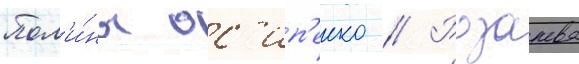
Пол'и́ны ос'ип'енко // Розанова